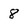
Character: 8